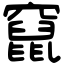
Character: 竄